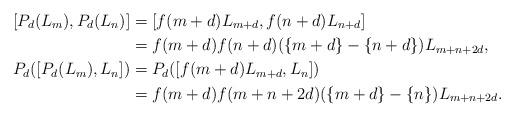
LaTeX: \begin{align*} {} [P_{d}(L_m),P_{d}(L_n)] & =[f(m+d)L_{m+d},f(n+d)L_{n+d}] \\& =f(m+d)f(n+d)(\{m+d\}-\{n+d\})L_{m+n+2d}, \\ P_d([P_d(L_m),L_n]) & =P_d([f(m+d)L_{m+d},L_{n}]) \\& =f(m+d)f(m+n+2d)(\{m+d\}-\{n\})L_{m+n+2d}.\end{align*}